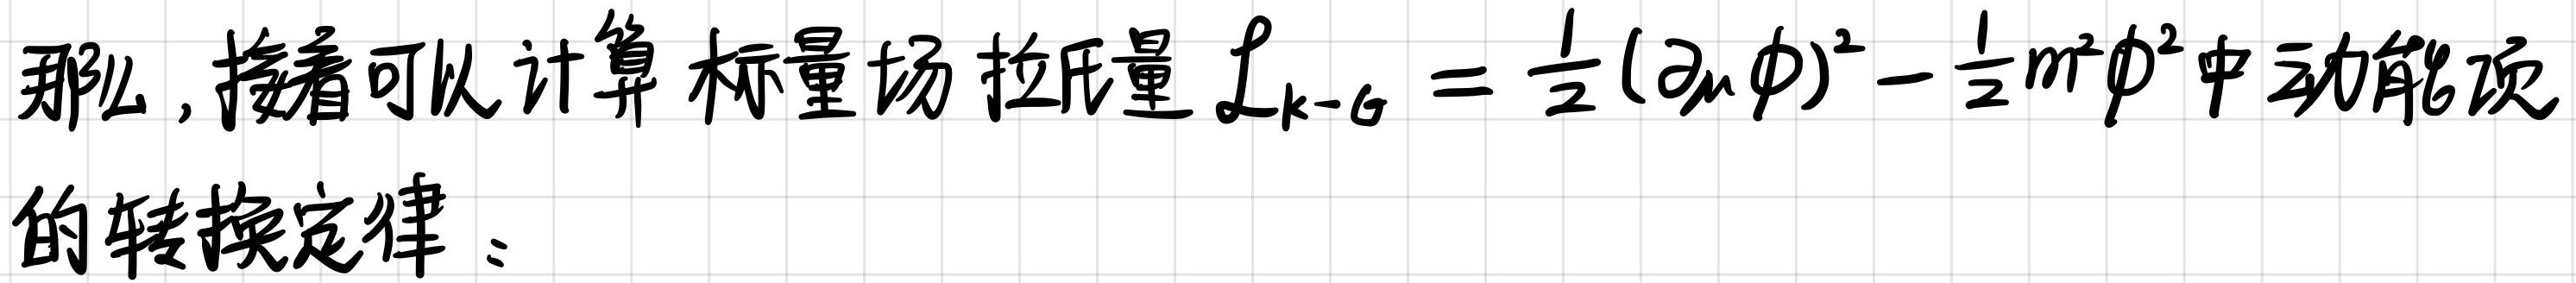
那么, 接着可以计算标量场拉氏量 $\mathcal{L}_{k - \phi} = \frac{1}{2}(\partial_{\mu}\phi)^2 - \frac{1}{2}m^2\phi^2$ 中动能项的转换定律: